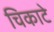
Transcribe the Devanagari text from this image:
चिकाटे